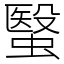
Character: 䗟